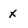
Character: x